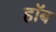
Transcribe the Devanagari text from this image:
हॉब